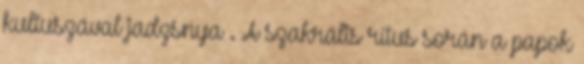
kultuszával jadzsnya . A szakrális rítus során a papok